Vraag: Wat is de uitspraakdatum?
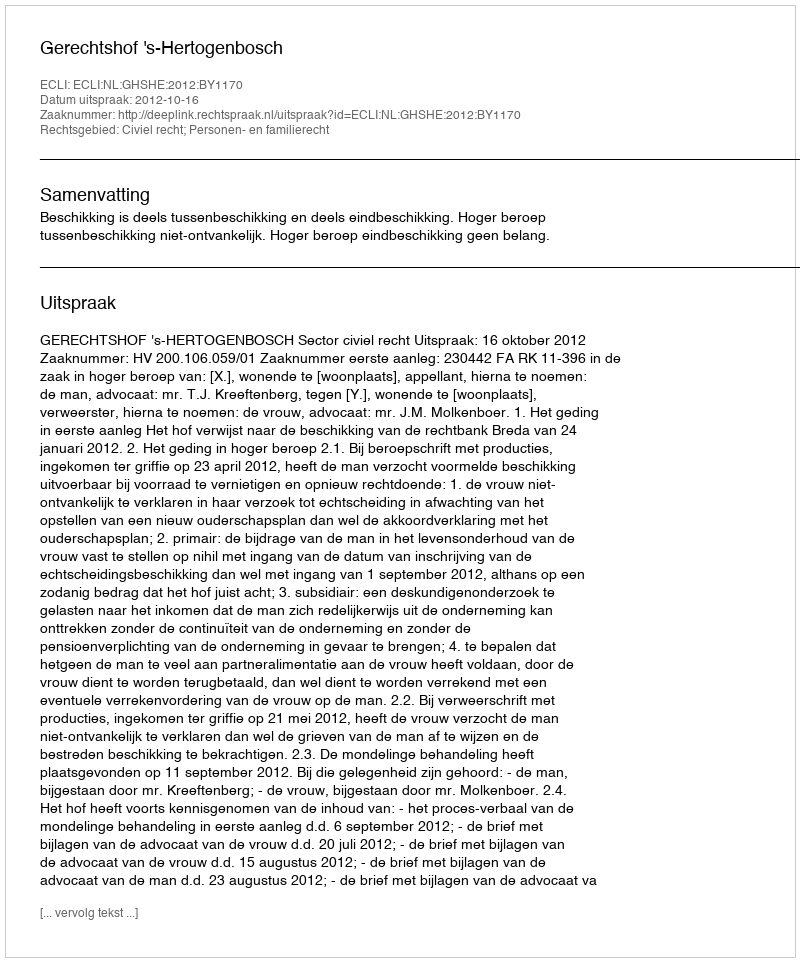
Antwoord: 2012-10-16